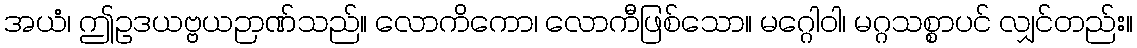
အယံ၊ ဤဥဒယဗ္ဗယဉာဏ်သည်။ လောကိကော၊ လောကီဖြစ်သော။ မဂ္ဂေါဝါ၊ မဂ္ဂသစ္စာပင် လျှင်တည်း။